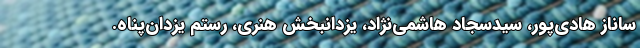
ساناز هادی‌پور، سیدسجاد هاشمی‌نژاد، یزدانبخش هنری، رستم یزدان‌پناه.